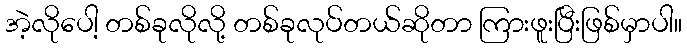
အဲ့လိုပေါ့ တစ်ခုလိုလို့ တစ်ခုလုပ်တယ်ဆိုတာ ကြားဖူးပြီးဖြစ်မှာပါ။